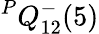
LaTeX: {}^{P}Q_{12}^{-}(5)